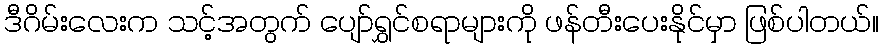
ဒီဂိမ်းလေးက သင့်အတွက် ပျော်ရွှင်စရာများကို ဖန်တီးပေးနိုင်မှာ ဖြစ်ပါတယ်။